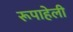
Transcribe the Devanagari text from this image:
रूपाहेली